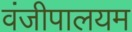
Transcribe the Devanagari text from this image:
वंजीपालयम